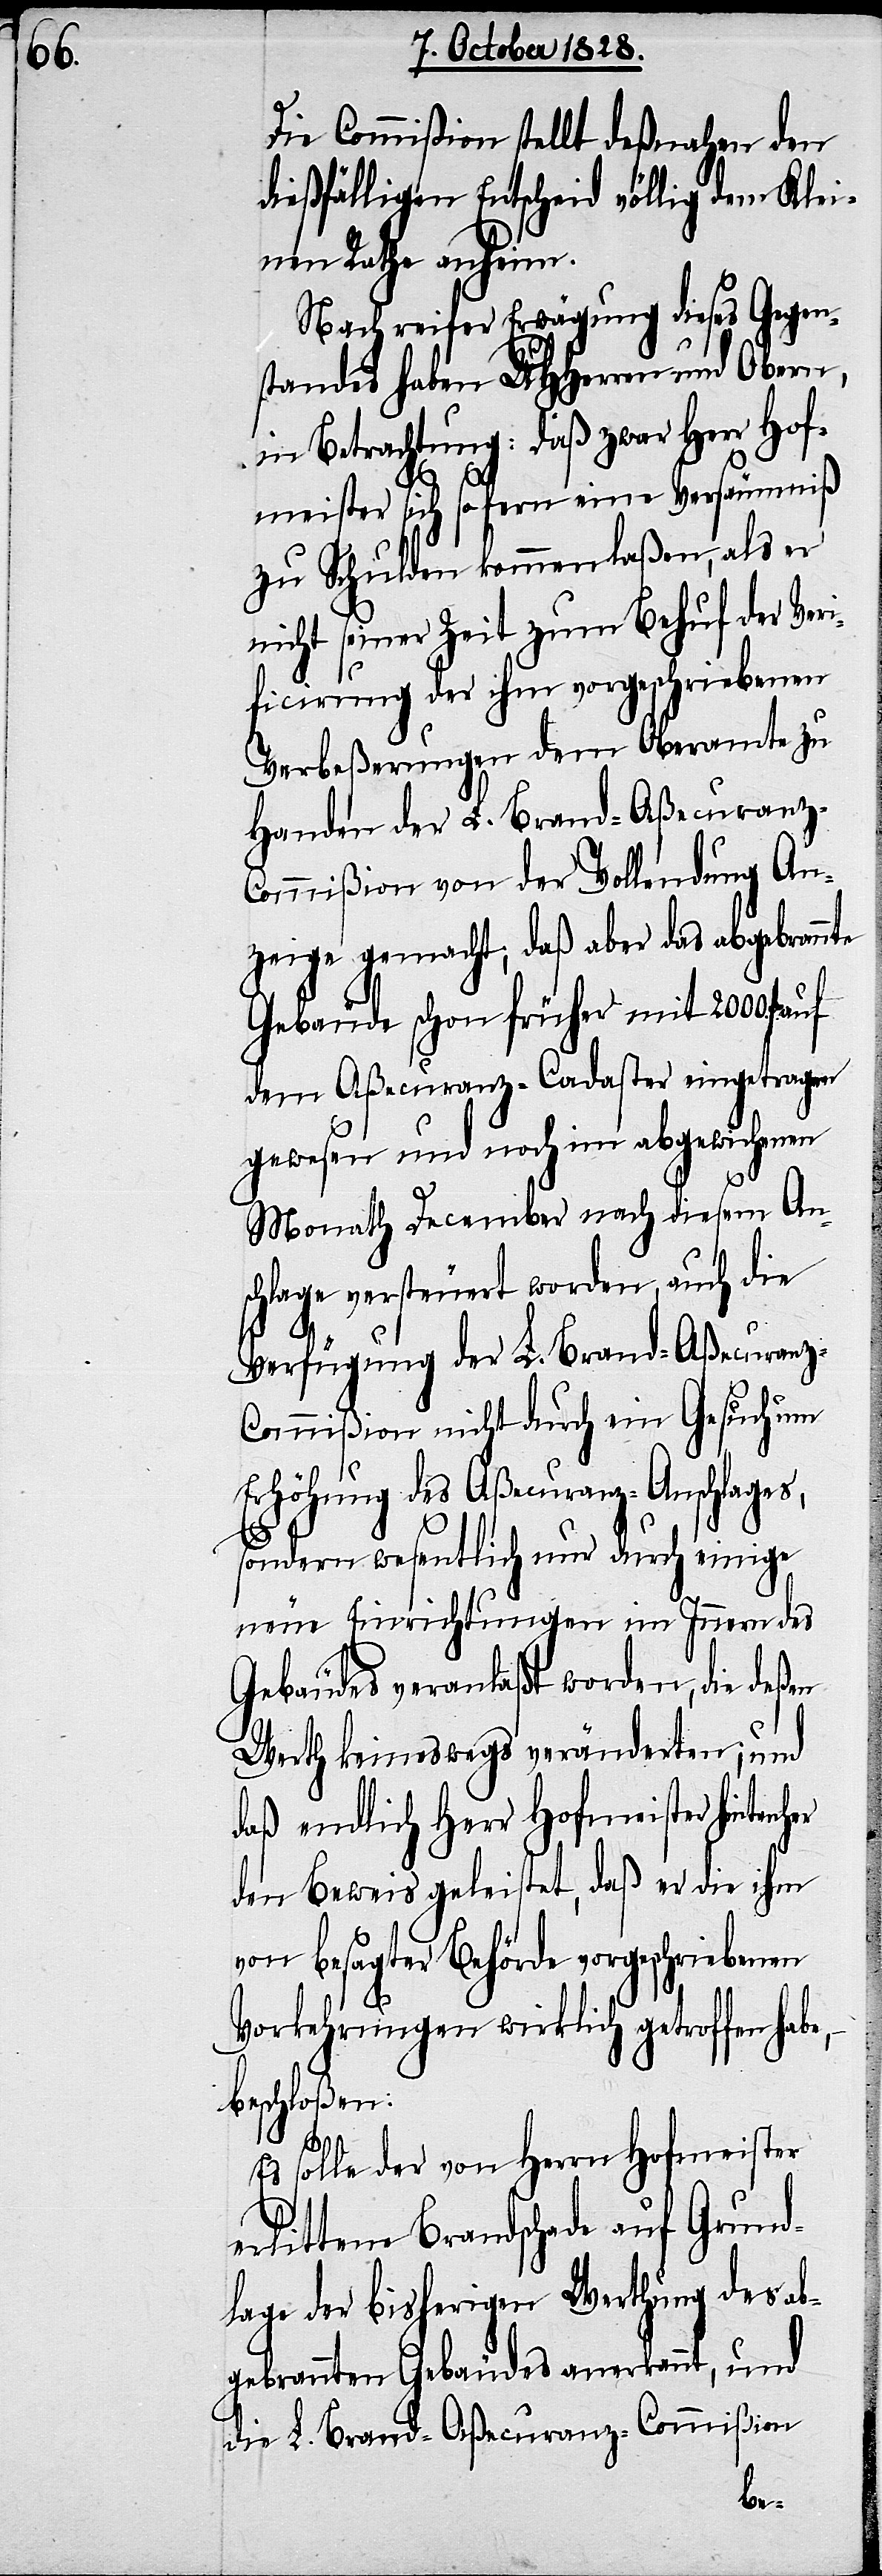
Die Commißion stellt deßnahen den
dießfälligen Entscheid völlig dem Klei¬
nen Rathe anheim.
Nach reifer Erwägung dieses Gegen¬
standes haben UHHerren und Obern,
in Betrachtung: daß zwar Herr Hof¬
e,
–
meister sich sofern eine Versäumniß
zu Schulden kommen laßen, als er
nicht seiner Zeit zum Behuf der Veri¬
ficirung der ihm vorgeschriebenen
Verbeßerungen dem Oberamte zu
Handen der L. Brand-Aßecuranz-C¬
ommißion von der Vollendung An¬
zeige gemacht; daß aber das abgebrannte
Gebäude schon früher mit 2000. fl.
dem Aßecuranz-Cadaster eingetragen
gewesen und noch im abgewichenen
Monath December nach diesem An¬
schlage versteuert worden, auch die
Verfügung der L. Brand-Aßecuranz-C¬
ommißion nicht durch ein Gesuch um
Erhöhung des Aßecuranz-Anschlages,
sondern wesentlich nur durch einige
neue Einrichtungen im Innern des
Gebäudes veranlaßt worden, die deßen
Werth keineswegs veränderten; und
daß endlich Herr Hofmeister hinterh¬
den Beweis geleistet, daß er die ihm
von besagter Behörde vorgeschriebenen
Vorkehrungen wirklich getroffen hab¬
beschloßen:
Es solle der von Herrn Hofmeister
erlittene Brandschade auf Grund¬
lage der bisherigen Werthung des ab¬
gebrannten Gebäudes anerkannt, und
die L. Brand-Aßecuranz-Commißion